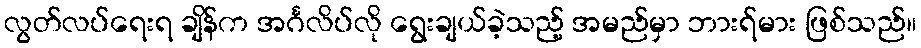
လွတ်လပ်ရေးရ ချိန်က အင်္ဂလိပ်လို ရွေးချယ်ခဲ့သည့် အမည်မှာ ဘားရ်မား ဖြစ်သည်။